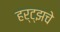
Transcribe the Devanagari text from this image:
हर्ट्‌झचे